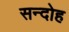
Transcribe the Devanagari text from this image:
सन्दोह